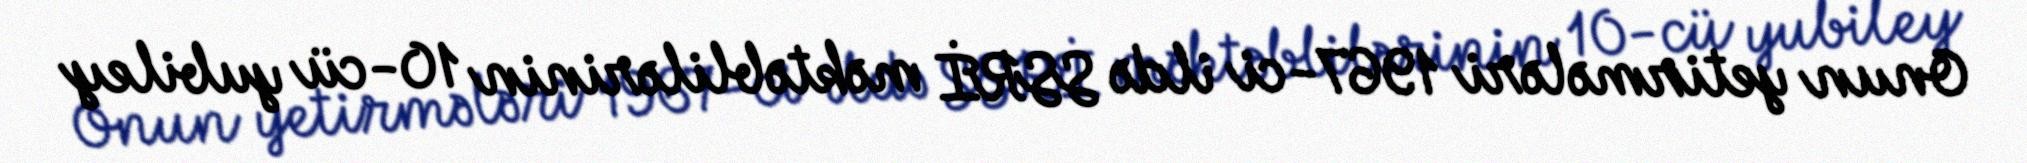
Onun yetirmələri 1967-ci ildə SSRİ məktəblilərinin 10-cü yubiley